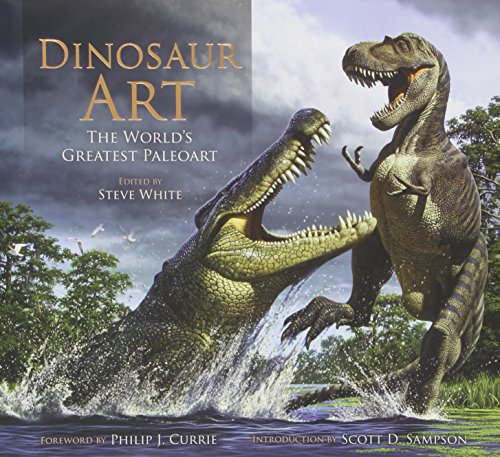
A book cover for Dinosaur Art: The World's Greatest Paleoart; Arts & Photography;